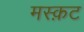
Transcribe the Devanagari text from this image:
मस्क़ट